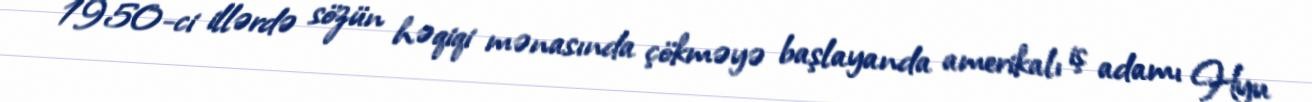
1950-ci illərdə sözün həqiqi mənasında çökməyə başlayanda amerikalı iş adamı Hyu